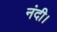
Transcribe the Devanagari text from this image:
नंदी।